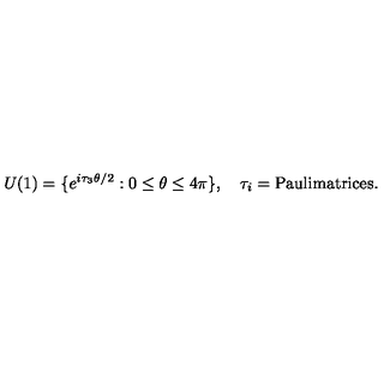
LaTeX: U ( 1 ) = \{ e ^ { i { \tau } _ { 3 } \theta / 2 } : 0 \leq \theta \leq 4 \pi \} , \quad { \tau } _ { i } = \mathrm { P a u l i m a t r i c e s } .